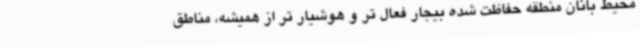
محیط بانان منطقه حفاظت شده بیجار فعال تر و هوشیار تر از همیشه، مناطق